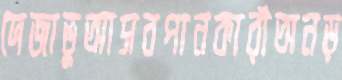
দেজাভুআসবপানকারীঅনড়